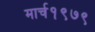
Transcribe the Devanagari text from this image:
मार्च१९७९